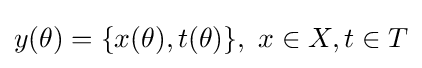
y(\theta )=\{x(\theta ),t(\theta )\},\ x\in X,t\in T